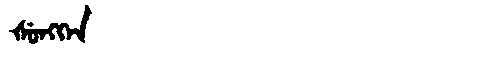
Manchu: ᡧᡠᠩᡴᡝᠨ
Romanization: ŠUNGKEN